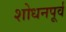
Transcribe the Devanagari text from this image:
शोधनपूर्व